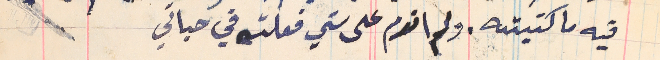
فيه ما كتبته. ولم اندم على شي فعلته في حياتي